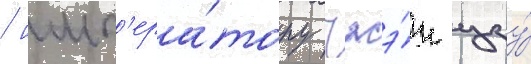
/ имп'ера́тору чжэ́н цзу́